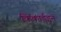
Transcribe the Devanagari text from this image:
किंकार्डइन